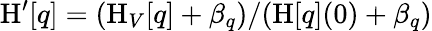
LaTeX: \mathrm{H}^{\prime}[q]=(\mathrm{H}_{V}[q]+\beta_{q})/(\mathrm{H}[q](0)+\beta_{q})